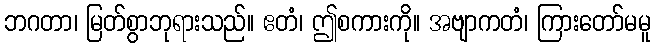
ဘဂတာ၊ မြတ်စွာဘုရားသည်။ ဧတံ၊ ဤစကားကို။ အဗျာကတံ၊ ကြားတော်မမူ